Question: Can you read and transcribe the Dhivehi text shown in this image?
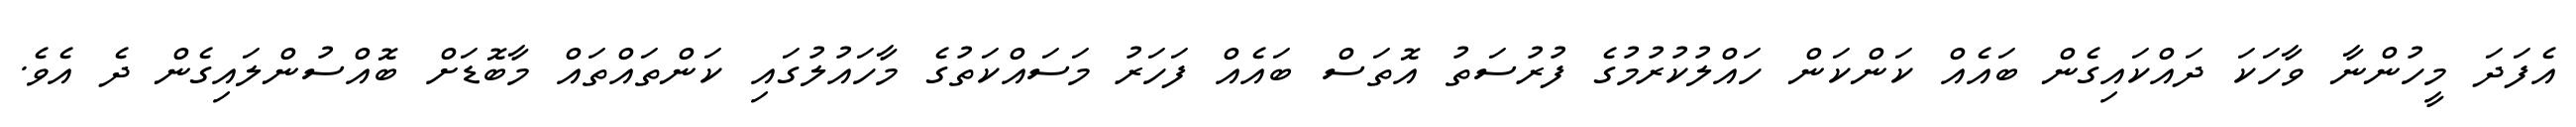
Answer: އެފަދަ މީހުންނާ ވާހަކަ ދައްކައިގެން ބައެއް ކަންކަން ހައްލުކުރުމުގެ ފުރުސަތު އޮތަސް ބައެއް ފަހަރު މަސައްކަތުގެ މާހައުލުގައި ކަންތައްތައް މާބޮޑަށް ބޮއްސުންލައިގެން ދެ އެވެ.